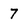
Character: 7